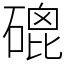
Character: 磇